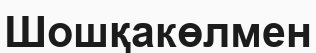
Шошқакөлмен